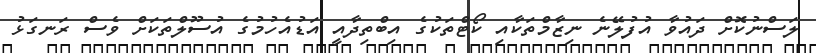
ލަސްނުކޮށް ދައުވާ އުފުލޭނެ ނިޒާމްތަކާއި ކޯޓްތަކުގެ އިބްތިދާއީ އަޑުއެހުމުގެ އުސޫލްތަކަށް ވެސް ރަނގަޅު